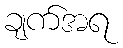
ချက်အရ